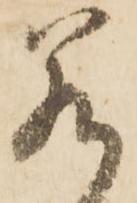
若